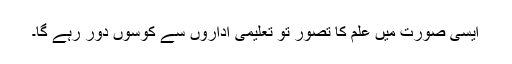
ایسی صورت میں علم کا تصور تو تعلیمی اداروں سے کوسوں دور رہے گا۔